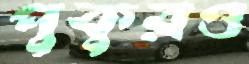
পুকুরও